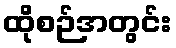
ထိုစဉ်အတွင်း